Sanitation, dispensaries and jails vaccination Rajputana 1922-1927 - 1922-1927
Year: 1922
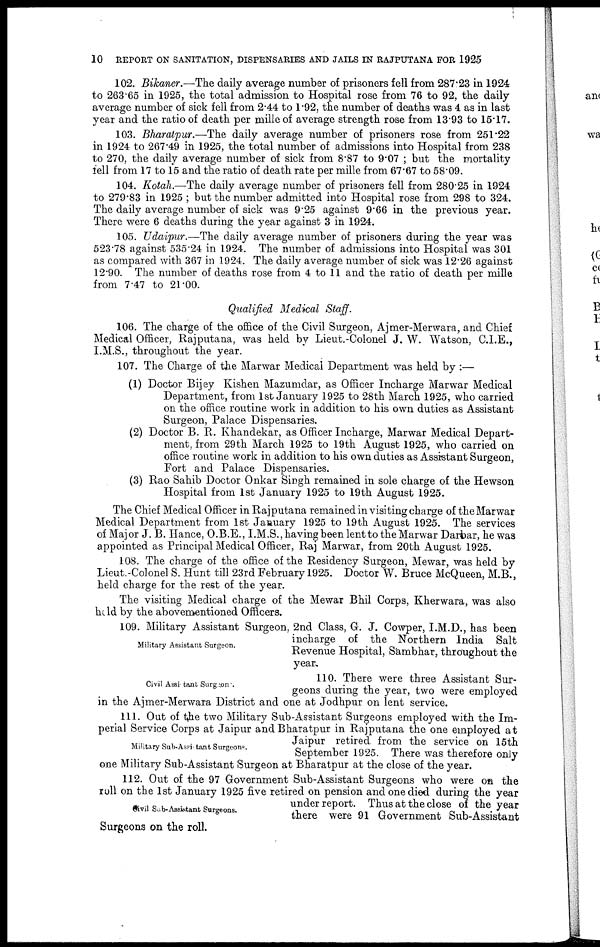
10
REPORT ON SANITATION, DISPENSARIES AND JAILS IN RAJPUTANA FOR 1925
102. Bikaner.—The daily average number of prisoners fell from 287.23 in 1924
to 263.65 in 1925, the total admission to Hospital rose from 76 to 92, the daily
average number of sick fell from 2.44 to 1.92, the number of deaths was 4 as in last
year and the ratio of death per mille of average strength rose from 13.93 to 15.17.
103. Bharatpur.—The daily average number of prisoners rose from 251.22
in 1924 to 267.49 in 1925, the total number of admissions into Hospital from 238
to 270, the daily average number of sick from 8.87 to 9.07 ; but the mortality
fell from 17 to 15 and the ratio of death rate per mille from 67.67 to 58.09.
104. Kotah.—The daily average number of prisoners fell from 280.25 in 1924
to 279.83 in 1925 ; but the number admitted into Hospital rose from 298 to 324.
The daily average number of sick was 9.25 against 9.66 in the previous year.
There were 6 deaths during the year against 3 in 1924.
105. Udaipur.—The daily average number of prisoners during the year was
523.78 against 535.24 in 1924. The number of admissions into Hospital was 301
as compared with 367 in 1924. The daily average number of sick was 12.26 against
12.90. The number of deaths rose from 4 to 11 and the ratio of death per mille
from 7.47 to 21.00.
Qualified Medical Staff.
106. The charge of the office of the Civil Surgeon, Ajmer-Merwara, and Chief
Medical Officer, Rajputana, was held by Lieut.-Colonel J. W. Watson, C.I.E.,
I.M.S., throughout the year.
107. The Charge of the Marwar Medical Department was held by :—
(1) Doctor Bijey Kishen Mazumdar, as Officer Incharge Marwar Medical
Department, from 1st January 1925 to 28th March 1925, who carried
on the office routine work in addition to his own duties as Assistant
Surgeon, Palace Dispensaries.
(2) Doctor B. R. Khandekar, as Officer Incharge, Marwar Medical Depart-
ment, from 29th March 1925 to 19th August 1925, who carried on
office routine work in addition to his own duties as Assistant Surgeon,
Fort and Palace Dispensaries.
(3) Rao Sahib Doctor Onkar Singh remained in sole charge of the Hewson
Hospital from 1st January 1925 to 19th August 1925.
The Chief Medical Officer in Rajputana remained in visiting charge of the Marwar
Medical Department from 1st January 1925 to 19th August 1925. The services
of Major J. B. Hance, O.B.E., I.M.S., having been lent to the Marwar Darbar, he was
appointed as Principal Medical Officer, Raj Marwar, from 20th August 1925.
108. The charge of the office of the Residency Surgeon, Mewar, was held by
Lieut.-Colonel S. Hunt till 23rd February 1925. Doctor W. Bruce McQueen, M.B.,
held charge for the rest of the year.
The visiting Medical charge of the Mewar Bhil Corps, Kherwara, was also
held by the abovementioned Officers.
Military Assistant Surgeon.
109. Military Assistant Surgeon, 2nd Class, G. J. Cowper, I.M.D., has been
incharge of the Northern India Salt
Revenue Hospital, Sambhar, throughout the
year.
Civil Assistant Surgeon .
110. There were three Assistant Sur-
geons during the year, two were employed
in the Ajmer-Merwara District and one at Jodhpur on lent service.
Military Sub-Assistant Surgeons.
111. Out of the two Military Sub-Assistant Surgeons employed with the Im-
perial Service Corps at Jaipur and Bharatpur in Rajputana the one employed at
Jaipur retired from the service on 15th
September 1925. There was therefore only
one Military Sub-Assistant Surgeon at Bharatpur at the close of the year.
Civil Sub-Assistant Surgeons.
112. Out of the 97 Government Sub-Assistant Surgeons who were on the
roll on the 1st January 1925 five retired on pension and one died during the year
under report. Thus at the close of the year
there were 91 Government Sub-Assistant
Surgeons on the roll.